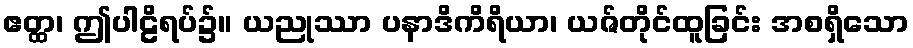
ဧတ္ထ၊ ဤပါဠိရပ်၌။ ယညုဿာ ပနာဒိကိရိယာ၊ ယဇ်တိုင်ထူခြင်း အစရှိသော